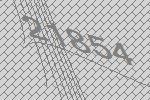
21854